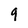
Character: 9